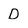
Character: D